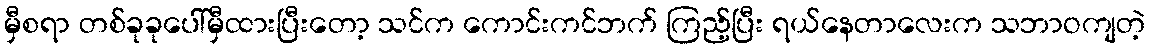
မှီစရာ တစ်ခုခုပေါ်မှီထားပြီးတော့ သင်က ကောင်းကင်ဘက် ကြည့်ပြီး ရယ်နေတာလေးက သဘာဝကျတဲ့